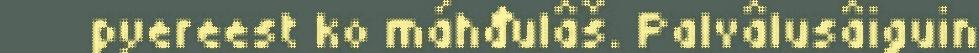
pyereest ko máhđulâš. Palvâlusâiguin